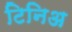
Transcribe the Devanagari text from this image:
टिनिअ